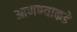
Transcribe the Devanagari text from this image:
आणण्याकडे